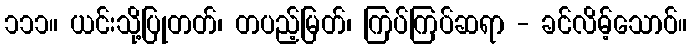
၁၁၁။ ယင်းသို့ပြုတတ်၊ တပည့်မြတ်၊ ကြပ်ကြပ်ဆရာ - ခင်လိမ့်သောဝ်။